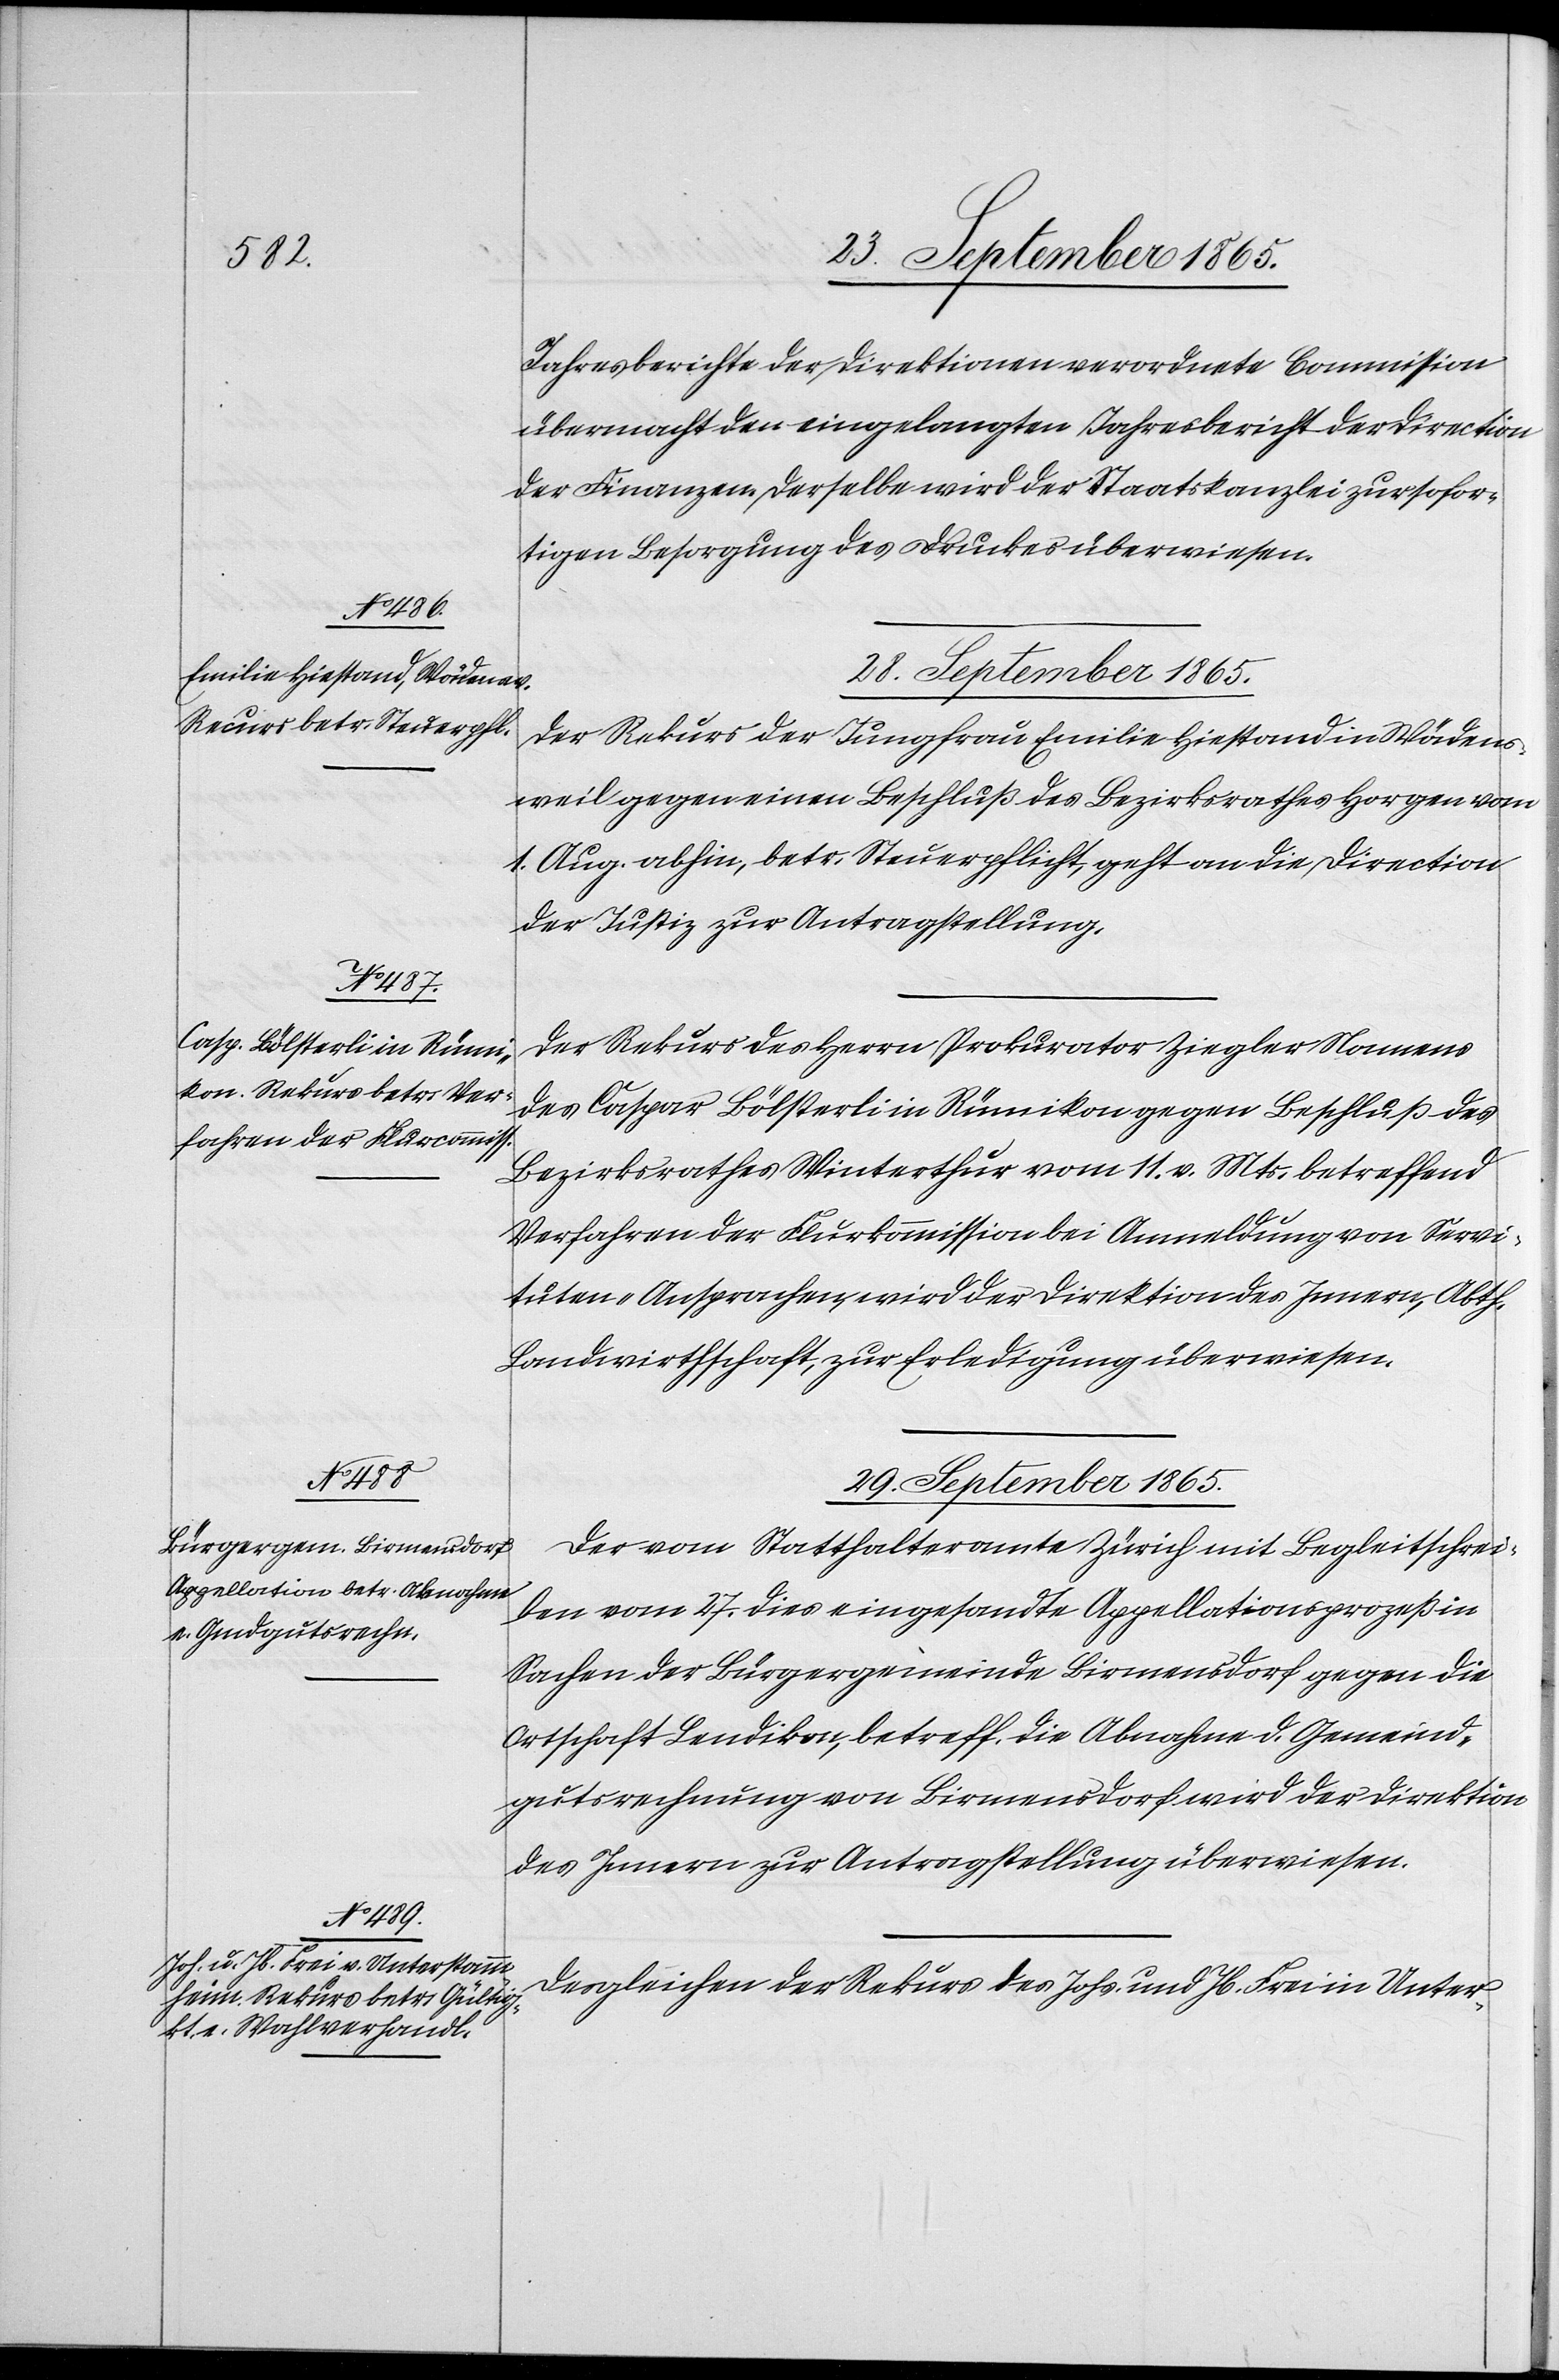
28. September 1865.]
Jahresberichte der Direktionen verordnete Commission
übermacht den eingelangten Jahresbericht der Direction
der Finanzen. Derselbe wird der Staatskanzlei zur sofor¬
tigen Besorgung des Druckes überwiesen.
Der Rekurs der Jungfrau Emilie Hiestand in Wädens¬
weil gegen einen Beschluß des Bezirksrathes Horgen vom
1. Aug. abhin, betr. Steuerpflicht, geht an die Direction
der Justiz zur Antragstellung.
Der Rekurs des Herrn Prokurator Ziegler Namens
des Caspar Bölsterli in Rümikon gegen Beschluß des
Bezirksrathes Winterthur vom 11. v. Mts. betreffend
Verfahren der Flurkommission bei Anmeldung von Servi¬
tuten-Ansprachen, wird der Direktion des Innern, Abth.
Landiwrthschaft, zur Erledigung überwiesen.
29. September 1865.]
Der vom Statthalteramte Zürich mit Begleitschrei¬
ben vom 27. dies eingesandte Appellationsprozeß in
Sachen der Bürgergemeinde Birmensdorf gegen die
Ortschaft Lendikon, betreff. die Abnahme d. Gemeind¬
gutsrechnung von Birmensdorf wird der Direktion
des Innern zur Antragstellung überwiesen.
Desgleichen der Rekurs des Johs. und Jb. Frei in Unter-